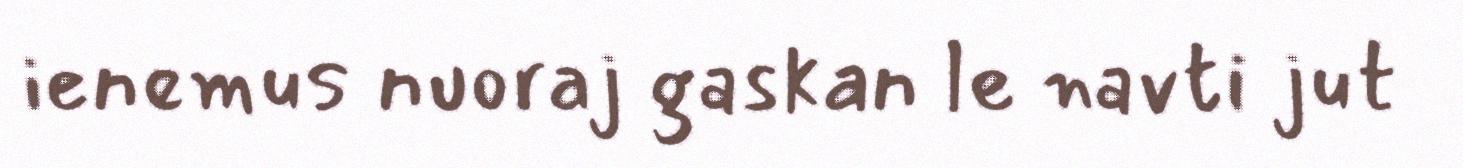
ienemus nuoraj gaskan le navti jut